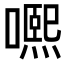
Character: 𡁱